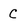
Character: C